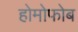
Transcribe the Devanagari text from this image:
होमोफोब